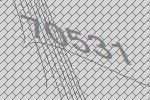
70531